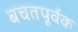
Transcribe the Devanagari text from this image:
बचतपूर्वक